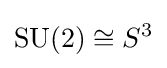
\mathrm {SU} (2)\cong S^{3}